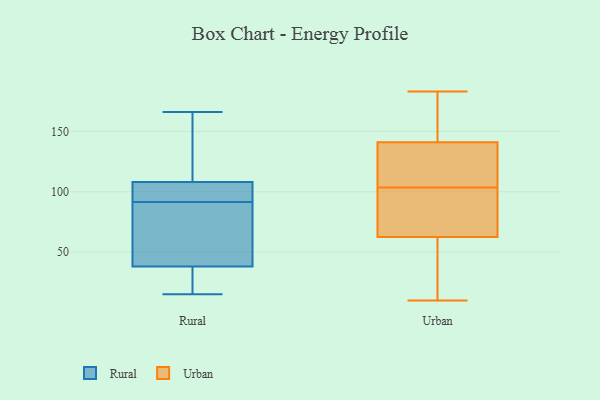
{"axis": {"x": "Operating Costs (USD K)", "y": "Value"}, "legend": ["Rural", "Urban"], "data": [{"x": "", "y": 15, "type": "Rural"}, {"x": "", "y": 108, "type": "Rural"}, {"x": "", "y": 79, "type": "Rural"}, {"x": "", "y": 166, "type": "Rural"}, {"x": "", "y": 38, "type": "Rural"}, {"x": "", "y": 157, "type": "Rural"}, {"x": "", "y": 21, "type": "Rural"}, {"x": "", "y": 97, "type": "Rural"}, {"x": "", "y": 100, "type": "Rural"}, {"x": "", "y": 86, "type": "Rural"}, {"x": "", "y": 96, "type": "Urban"}, {"x": "", "y": 171, "type": "Urban"}, {"x": "", "y": 10, "type": "Urban"}, {"x": "", "y": 111, "type": "Urban"}, {"x": "", "y": 81, "type": "Urban"}, {"x": "", "y": 44, "type": "Urban"}, {"x": "", "y": 114, "type": "Urban"}, {"x": "", "y": 25, "type": "Urban"}, {"x": "", "y": 133, "type": "Urban"}, {"x": "", "y": 96, "type": "Urban"}, {"x": "", "y": 149, "type": "Urban"}, {"x": "", "y": 183, "type": "Urban"}]}